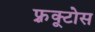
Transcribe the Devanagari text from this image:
फ़्रूक्टोस